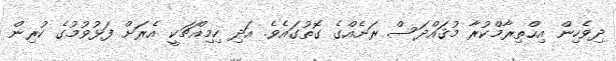
ދިވެހިން އިޙްތިރާމްކުރާ މުޤައްދަސް ރަށެއްގެ ގޮތުގައެވެ. އަދި ހިމިއްޗަކީ އެރަށް ފަޅުވުމުގެ ކުރިން